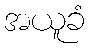
အယူခံ